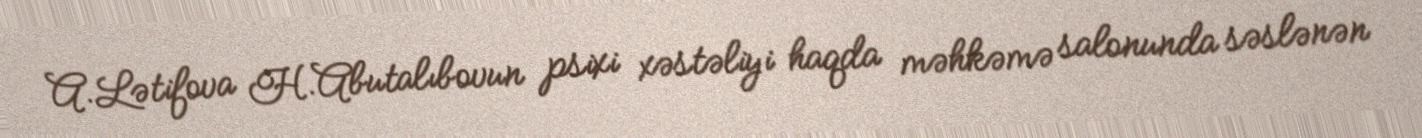
A.Lətifova H.Abutalıbovun psixi xəstəliyi haqda məhkəmə salonunda səslənən